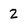
Character: 2